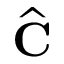
\widehat { \mathbf { C } }